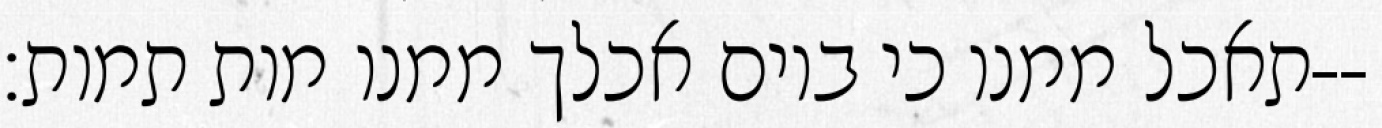
תאכל ממנו כי ביום אכלך ממנו מות תמות׃--